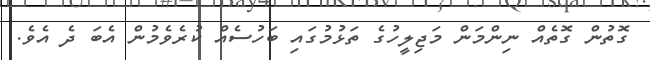
ގޮތުން ގޮތެއް ނިންމަން މަޖިލީހުގެ ތަޅުމުގައި ބަހުސެއް ކުރެވެމުން އެބަ ދެ އެވެ.